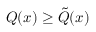
Q ( x ) \geq { \tilde { Q } } ( x )